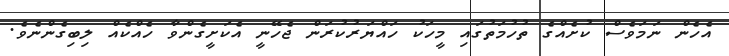
އެހެން ނަމަވެސް ކުށެއްގެ ތުހުމަތުގައި މީހަކު ހައްޔަރުކުރަން ޖެހޭނީ އެކަށީގެންވާ ހެއްކެއް ލިބިގެންނެވެ.